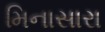
મિનાસારા